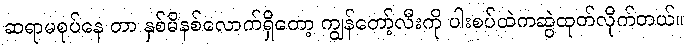
ဆရာမစုပ်နေ တာ နှစ်မိနစ်လောက်ရှိတော့ ကျွန်တော့်လီးကို ပါးစပ်ထဲကဆွဲထုတ်လိုက်တယ်။